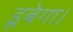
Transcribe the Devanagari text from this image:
डूबेगा।